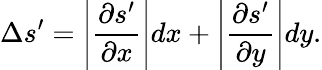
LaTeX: \Delta s^{\prime}=\Bigg|\frac{\partial s^{\prime}}{\partial x}\Bigg|dx+\Bigg|\frac{\partial s^{\prime}}{\partial y}\Bigg|dy.